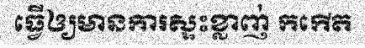
ធ្វើឲ្យមានការស្ទះខ្លាញ់ កកើត